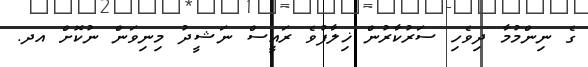
ގެ ނިންމުމާ ދިވެހި ސަރުކާރުން ޚިލާފުވެ ރައީސް ނަޝީދު މިނިވަން ނުކޮށް އދ.